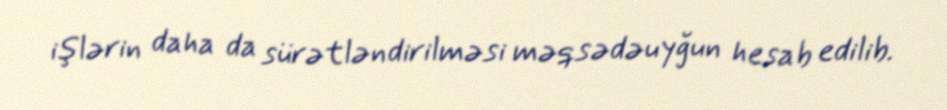
işlərin daha da sürətləndirilməsi məqsədəuyğun hesab edilib.